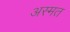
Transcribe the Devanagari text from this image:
अस्मत